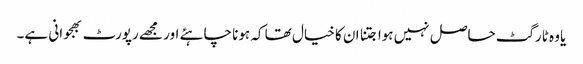
یا وہ ٹارگٹ حاصل نہیں ہوا جتنا ان کا خیال تھا کہ ہونا چاہئے اور مجھے رپورٹ بھجوانی ہے۔